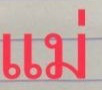
แม่